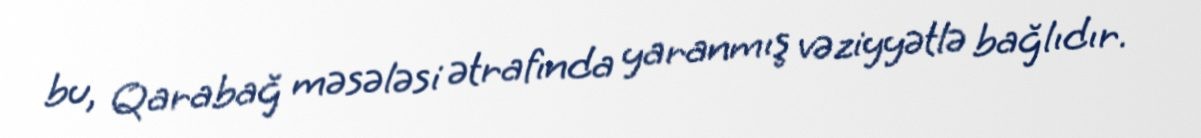
bu, Qarabağ məsələsi ətrafında yaranmış vəziyyətlə bağlıdır.